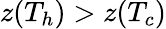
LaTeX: z(T_{h})>z(T_{c})